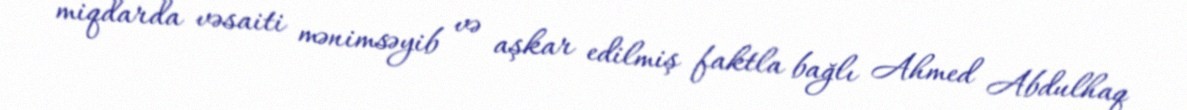
miqdarda vəsaiti mənimsəyib və aşkar edilmiş faktla bağlı Ahmed Abdulhaq